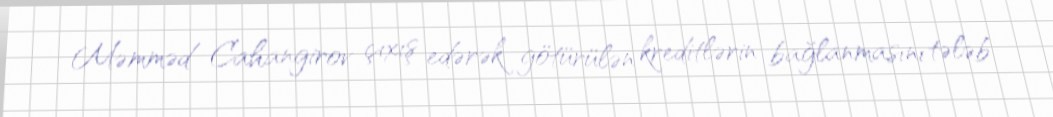
Məmməd Cahangirov çıxış edərək götürülən kreditlərin bağlanmasını tələb